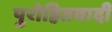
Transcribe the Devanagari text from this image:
पुरोहितवादी